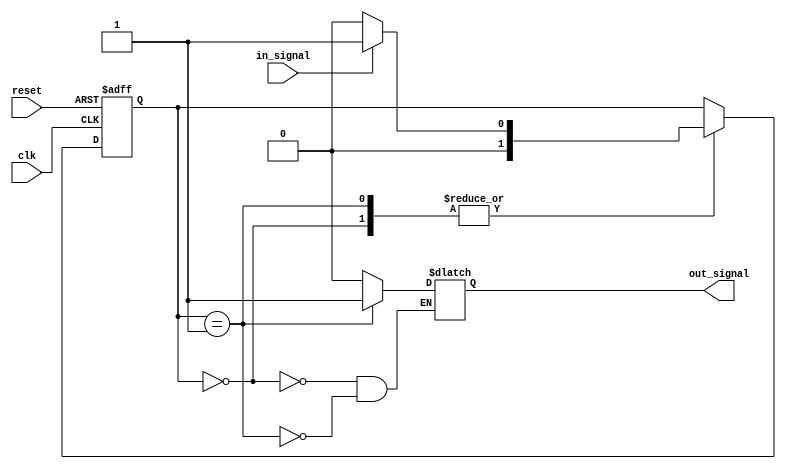
module Schmitt_trigger_buffer (
    input wire clk,
    input wire reset,
    input wire in_signal,
    output reg out_signal
);

reg [1:0] state;

always @ (posedge clk or posedge reset) begin
    if (reset) begin
        state <= 2'b00;
    end else begin
        case(state)
            2'b00: begin
                if (in_signal == 1'b1) begin
                    state <= 2'b01;
                end
                else begin
                    state <= 2'b00;
                end
            end
            2'b01: begin
                if (in_signal == 1'b0) begin
                    state <= 2'b00;
                end
                else begin
                    state <= 2'b01;
                end
            end
        endcase
    end
end

always @* begin
    case(state)
        2'b00: begin
            out_signal <= 1'b0;
        end
        2'b01: begin
            out_signal <= 1'b1;
        end
    endcase
end

endmodule